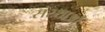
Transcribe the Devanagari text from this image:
संस्थाऔं